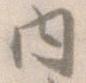
内